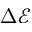
\Delta \mathcal { E }